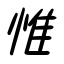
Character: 惟